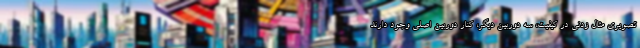
تصویری مثال زدنی در کیفیت، سه دوربین دیگر، کنار دوربین اصلی وجود دارند